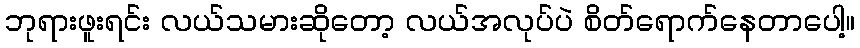
ဘုရားဖူးရင်း လယ်သမားဆိုတော့ လယ်အလုပ်ပဲ စိတ်ရောက်နေတာပေါ့။